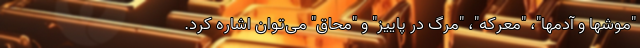
"موشها و آدمها"، "معرکه"، "مرگ در پاییز" و "محاق" می‌توان اشاره کرد.